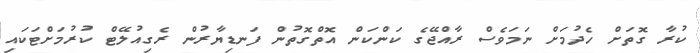
ކުރާ ގޮތަށް ހެދުމަށް ނަމަވެސް ރާއްޖޭގެ ކަންކަން އޮތްގޮތުން ފަނޑިޔާރުން ރެގިއުލޭޓް ކުރުމަށްޓަކައި